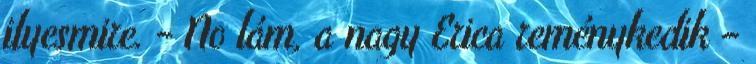
ilyesmire. - No lám, a nagy Erica reménykedik –